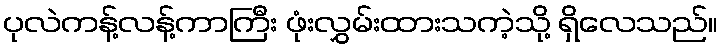
ပုလဲကန့်လန့်ကာကြီး ဖုံးလွှမ်းထားသကဲ့သို့ ရှိလေသည်။